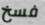
فسخ